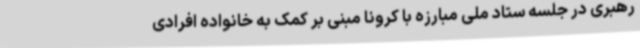
رهبری در جلسه ستاد ملی مبارزه با کرونا مبنی بر کمک به خانواده افرادی